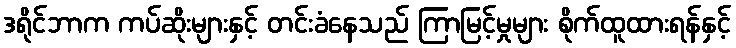
ဒရိုင်ဘာက ကပ်ဆိုးများနှင့် တင်းခံနေသည် ကြာမြင့်မှုများ စိုက်ထူထားရန်နှင့်